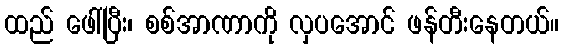
ထည် ဖေါ်ပြီး၊ စစ်အာဏာကို လှပအောင် ဖန်တီးနေတယ်။